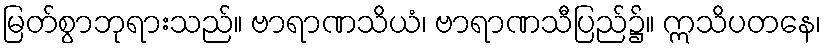
မြတ်စွာဘုရားသည်။ ဗာရာဏသိယံ၊ ဗာရာဏသီပြည်၌။ ဣသိပတနေ၊